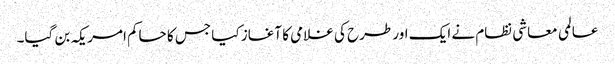
عالمی معاشی نظام نے ایک اور طرح کی غلامی کا آغاز کیا جس کا حاکم امریکہ بن گیا۔